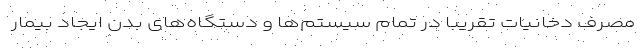
مصرف دخانیات تقریبا در تمام سیستم‌ها و دستگاه‌های بدن ایجاد بیمار